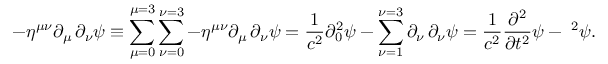
- \eta ^ { \mu \nu } \partial _ { \mu } \, \partial _ { \nu } \psi \equiv \sum _ { \mu = 0 } ^ { \mu = 3 } \sum _ { \nu = 0 } ^ { \nu = 3 } - \eta ^ { \mu \nu } \partial _ { \mu } \, \partial _ { \nu } \psi = { \frac { 1 } { c ^ { 2 } } } \partial _ { 0 } ^ { 2 } \psi - \sum _ { \nu = 1 } ^ { \nu = 3 } \partial _ { \nu } \, \partial _ { \nu } \psi = { \frac { 1 } { c ^ { 2 } } } { \frac { \partial ^ { 2 } } { \partial t ^ { 2 } } } \psi - \mathbf { \nabla } ^ { 2 } \psi .